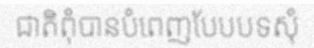
ជាតិពុំបានបំពេញបែបបទសុំ